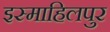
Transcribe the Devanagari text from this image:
इस्माहिलपुर